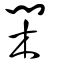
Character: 閑